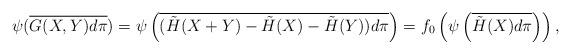
LaTeX: \begin{align*}\psi(\overline{G(X, Y)d\pi}) = \psi\left(\overline{(\tilde{H}(X+Y) - \tilde{H}(X) - \tilde{H}(Y))d\pi}\right) = f_0\left(\psi\left(\overline{\tilde{H}(X)d\pi}\right)\right),\end{align*}